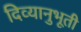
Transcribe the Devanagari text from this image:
दिव्यानुभूती